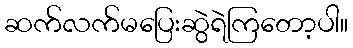
ဆက်လက်မပြေးဆွဲရဲကြတော့ပါ။